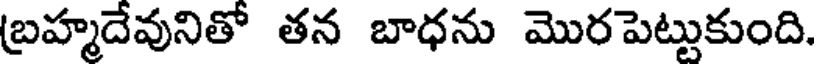
బ్రహ్మదేవునితో తన బాధను మొరపెట్టుకుంది.